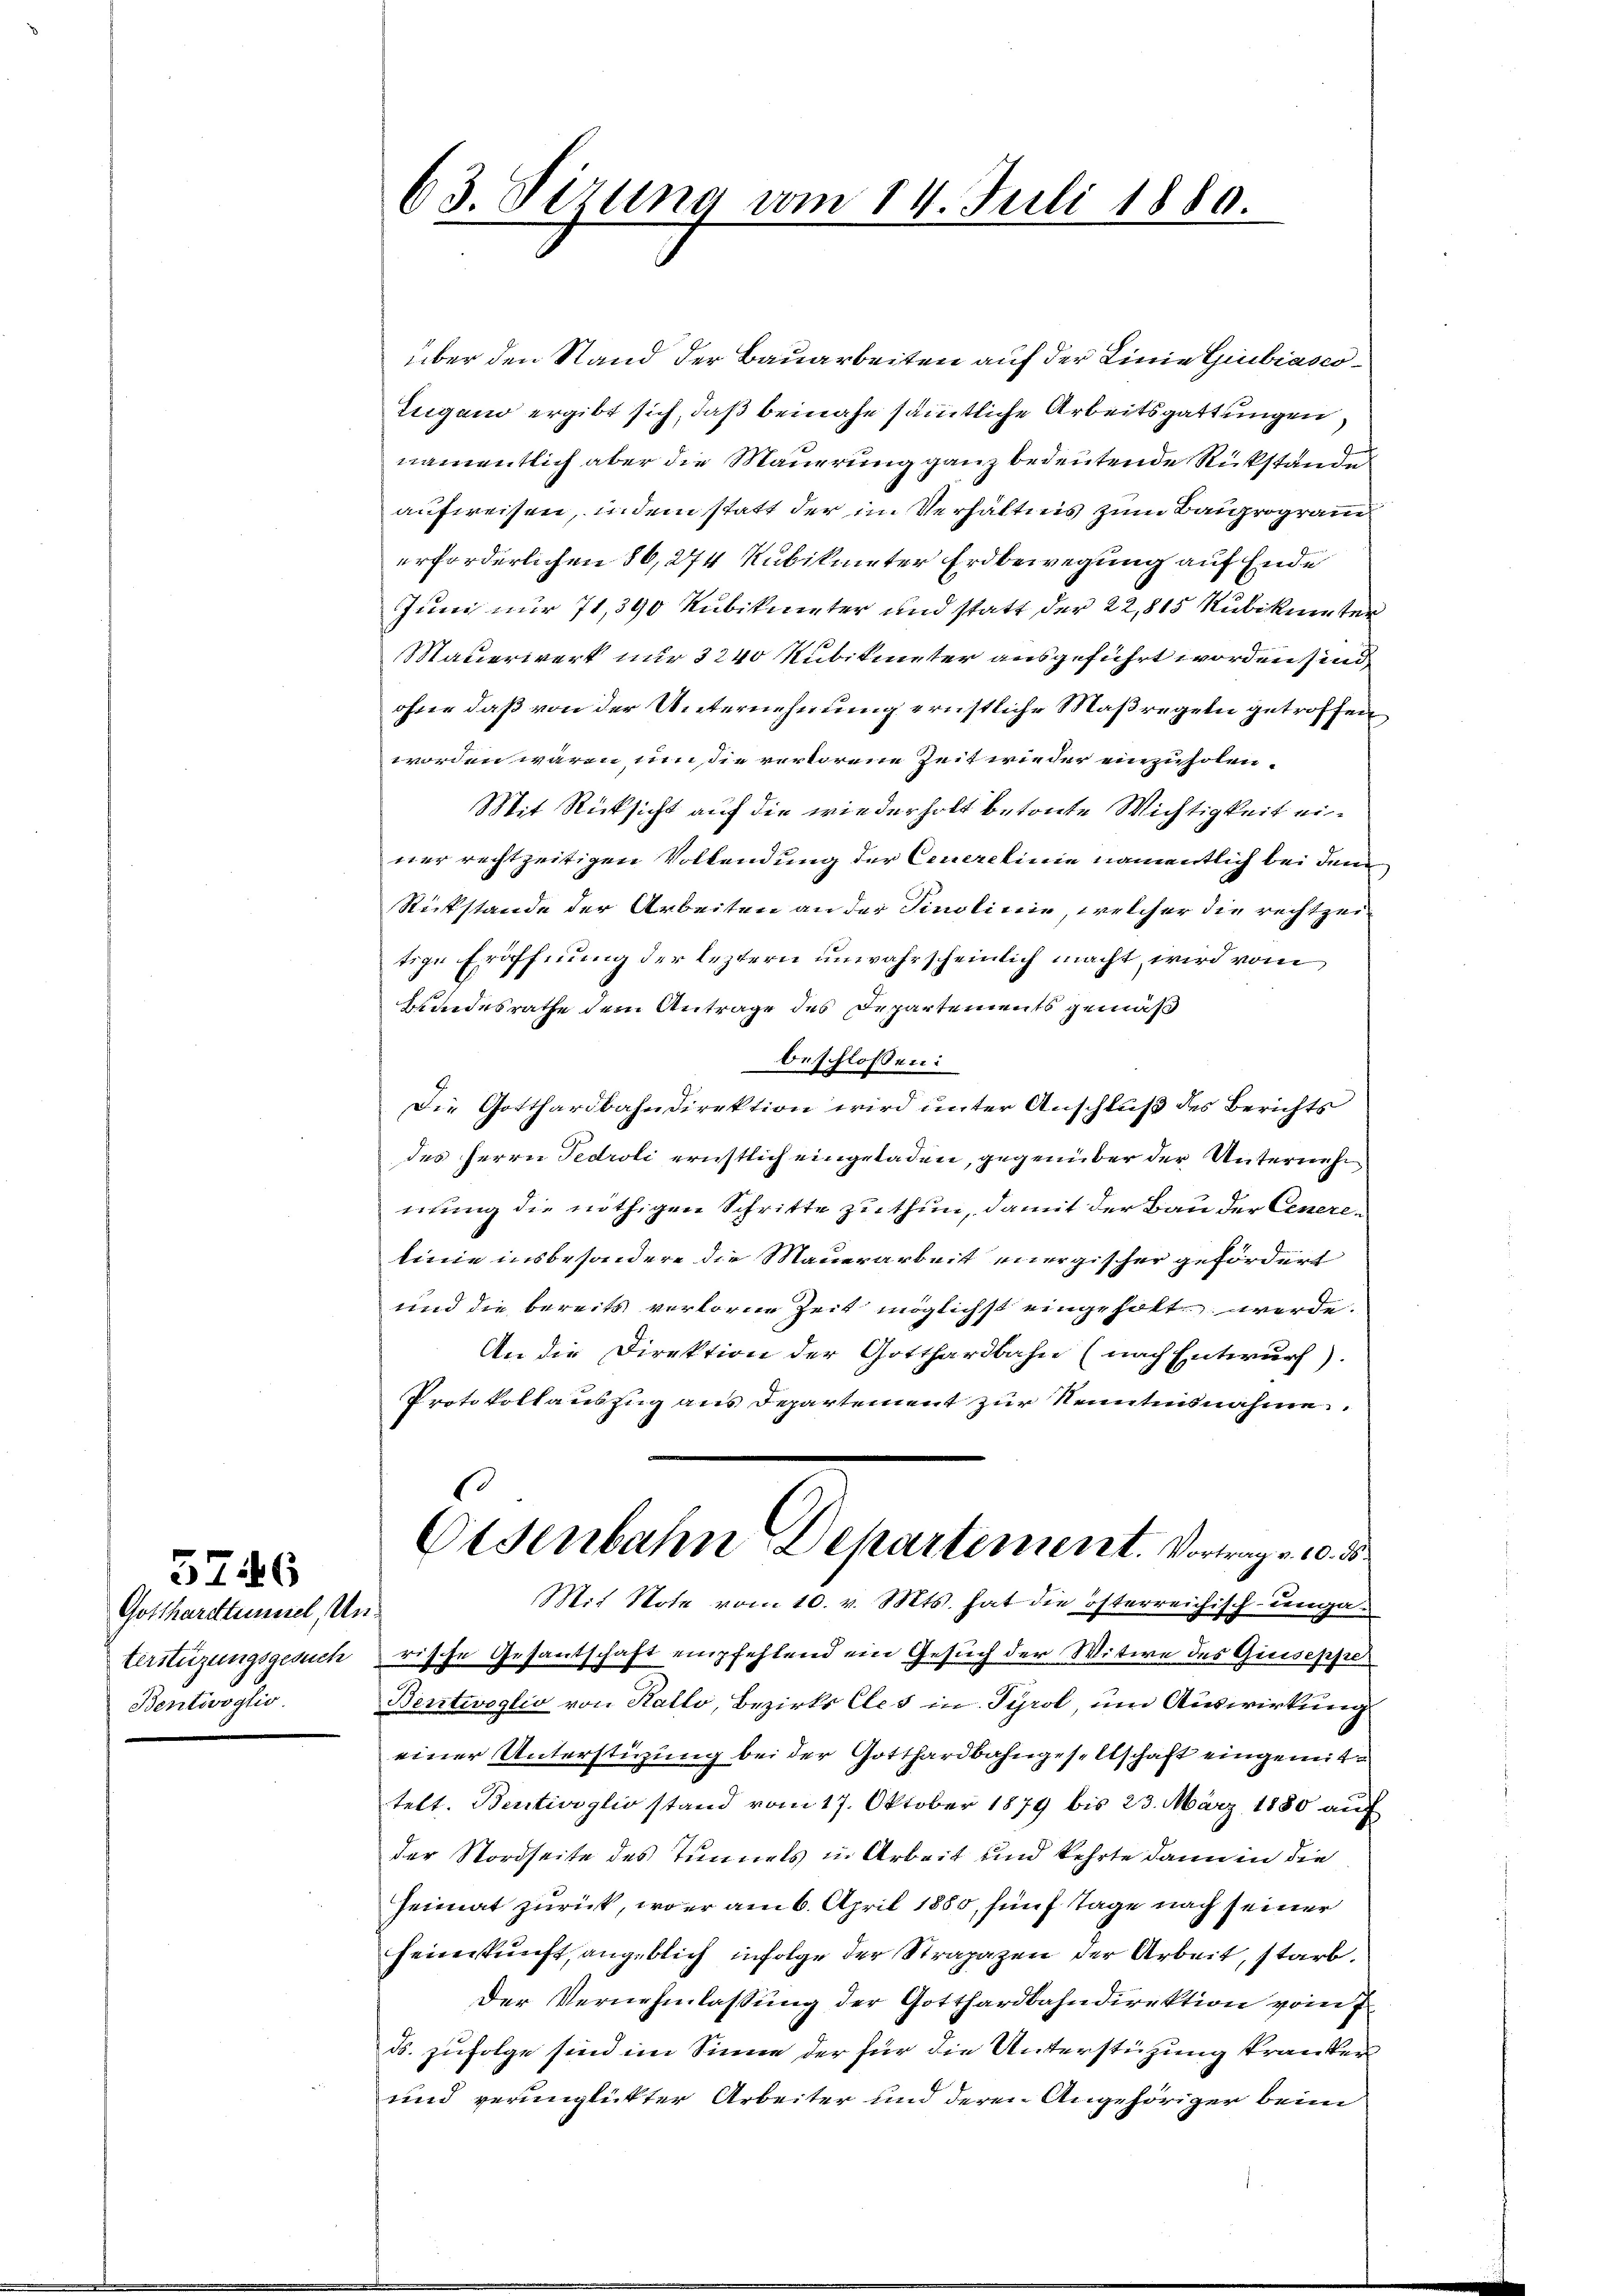
Gotthardttümmel, Un¬
Bentivoglio.

5746

über den Stand der Bauarbeiten auf der Linie Giubiasco¬
Lugano ergibt sich, daß beinahe sämmtliche Arbeitsgattungen,
namentlich aber die Mauerung ganz bedeutende Rückstand
aufweisen, indem statt der im Verhältnis zum Bauprogram
erforderlichen 86,274 Rubikmeter Erdbewegung auf Ende
Juni nur 71,390 Kubikmeter und statt der 22,815 Kubikunter
Mauerwerk nur 3240 Kubikunter ausgeführt worden sind
ohne daß von der Unternehmung ernstliche Maßregeln getroffen
worden wären, wie verlorene Zeit wieder einzuholen.
Mit Rücksicht auf die wiederholt betonte Wichtigkeit ein
ner rechtzeitigen Vollendung der Cenerelinie namentlich bei dem
Rückstände der Arbeiten an der Finolinie, welcher die rechtzeitige Eröffnung der leztern unwahrscheinlich macht, wird vom
Kindesrathe dem Antrage des Departements gemäß
beschlossen:
Die Gotthardbahndirektion wird unter Anschluß des Berichts
des Herrn Fedroli ernstlich eingeladen, gegenüber der Unternehm
mung die nöthigen Schritte zu thun, damit der Bau der Generen
linie insbesondere die Mauerarbeit energischer gefördert
und die bereits verlorne Zeit möglichst eingeholt werde.
An die Direktion der Gotthardbahn (nach Entwurf).
Protokollauszug aus Departement zur Kenntnisnahme
Eisenbahn Departement. Vortrag v. 10. ds
Mit Note vom 10. v. Mts. hat die österreichisch-ungaterstüzungsgesuch rische Gesantschaft empfehlend ein Gesuch der Witwe des Giuseppe¬
Bentwoglio von Kallo, Bezirks Cles in Tyrol, um Auswirkung
einer Unterstüzung bei der Gotthardbahngesellschaft eingemittelt. Bentivoglio stand vom 17. Oktober 1879 bis 23. März 1880 auf
der Nordseite des Tunnels in Arbeit und kehrte dann in die
Heimat zurück, wo er am 6. April 1880, fünf Tage nach seiner
feinkunft, angeblich infolge der Strapazen der Arbeit, starb.
Der Vernehmlassung der Gotthardbahndirektion vom 7.
ds. zufolge sind im Sinne der für die Unterstützung tranker
und verunglückter Arbeiter und deren Angehöriger beim

63. Sirung vom 14. Juli 1880.